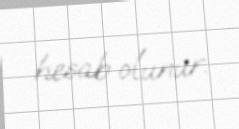
hesab olunur.